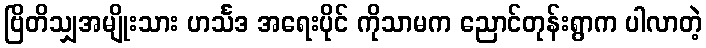
ဗြိတိသျှအမျိုးသား ဟင်္သဒ အရေးပိုင် ကိုသာမက ညောင်တုန်းရွာက ပါလာတဲ့